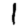
Digit: 1